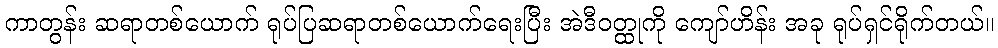
ကာတွန်း ဆရာတစ်ယောက် ရုပ်ပြဆရာတစ်ယောက်ရေးပြီး အဲဒီဝတ္ထုကို ကျော်ဟိန်း အခု ရုပ်ရှင်ရိုက်တယ်။